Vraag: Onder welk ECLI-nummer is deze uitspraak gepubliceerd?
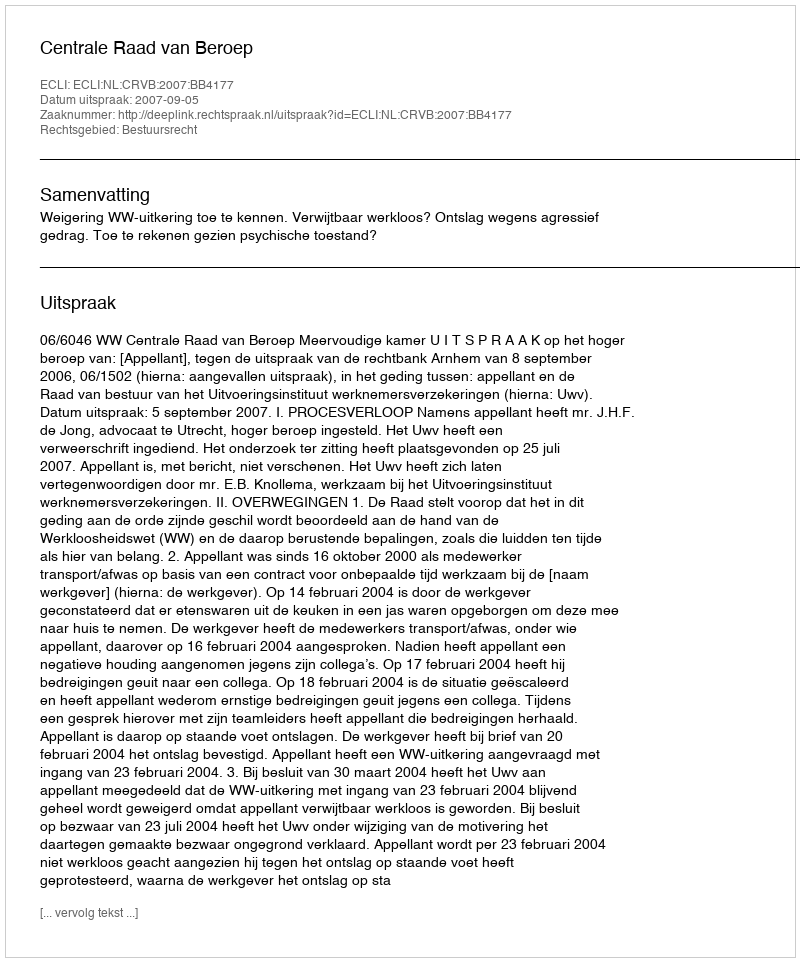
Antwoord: ECLI:NL:CRVB:2007:BB4177